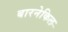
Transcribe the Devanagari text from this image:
बारनेकिल